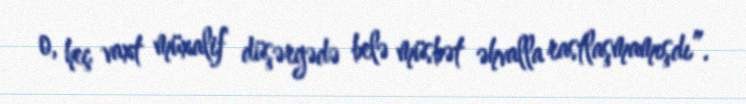
o, heç vaxt müxalif düşərgədə belə müsbət əhvalla rastlaşmamışdı”.